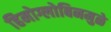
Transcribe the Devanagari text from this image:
हिमोग्लोबिनमुळे